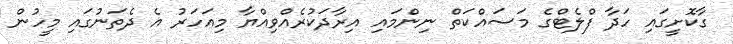
ގާކޮށީގައި ހަދާ ފްލެޓްގެ މަސައްކަތް ނިންމައި އިރާދަކުރެއްވިއްޔާ މިއަހަރު އެ ދެތަނުގައި މީހުން